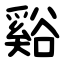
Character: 谿